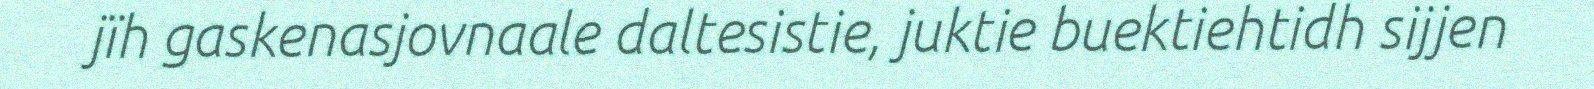
jïh gaskenasjovnaale daltesistie, juktie buektiehtidh sijjen